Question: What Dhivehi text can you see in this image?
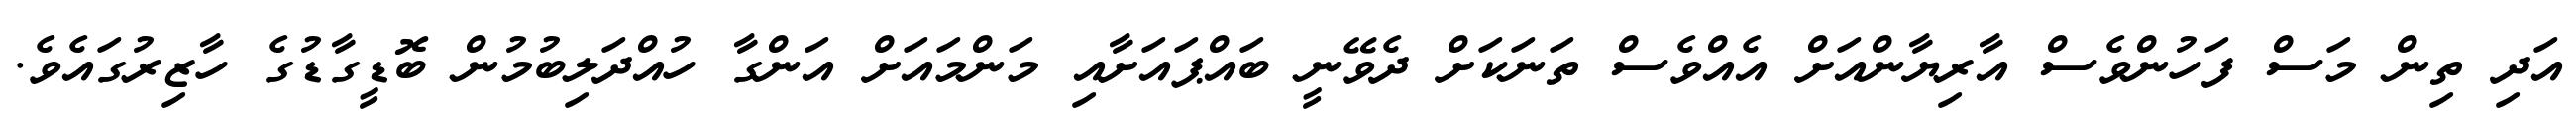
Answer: އަދި ތިން މަސް ފަހުންވެސް އާރިޔާންއަށް އެއްވެސް ތަނަކަށް ދެވޭނީ ބައްޕައަށާއި މަންމައަށް އަންގާ ހުއްދަލިބުމުން ބޮޑީގާޑުގެ ހާޒިރުގައެވެ.